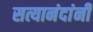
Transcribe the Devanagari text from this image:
सत्यानंदांनी